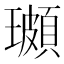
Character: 𭺌